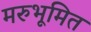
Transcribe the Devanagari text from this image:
मरुभूमित